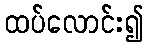
ထပ်လောင်း၍